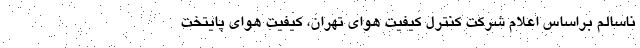
ناسالم براساس اعلام شرکت کنترل کیفیت هوای تهران، کیفیت هوای پایتخت